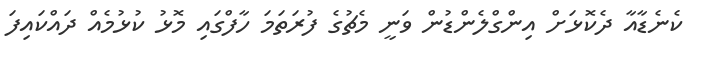
ކެނެޑާއާ ދެކޮޅަށް އިންގްލެންޑުން ވަނީ މެޗުގެ ފުރަތަމަ ހާފްގައި މޮޅު ކުޅުމެއް ދައްކައިފަ